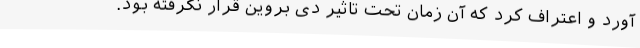
آورد و اعتراف کرد که آن زمان تحت تاثیر دی بروین قرار نگرفته بود.